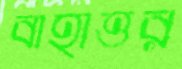
বাহাত্তর